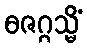
ဓဇဂ္ဂသ္မိံ